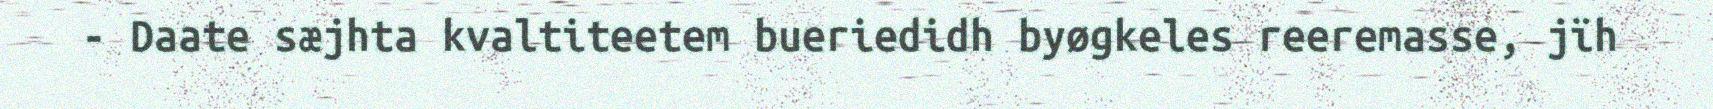
- Daate sæjhta kvaltiteetem bueriedidh byøgkeles reeremasse, jïh